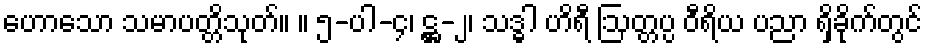
ဟောသော သမာပတ္တိသုတ်။ ။ ၅-ပါ-၄၊ ဋ္ဌ-၂၊ သဒ္ဓါ ဟိရီ ဩတ္တပ္ပ ဝီရိယ ပညာ ရှိခိုက်တွင်